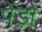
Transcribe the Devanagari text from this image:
पेंड़ो